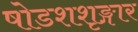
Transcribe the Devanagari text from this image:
षोडशशृङ्गार